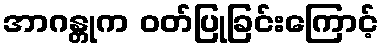
အာဂန္တုက ဝတ်ပြုခြင်းကြောင့်